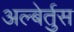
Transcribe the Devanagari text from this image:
अल्बेर्तुस